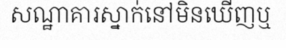
សណ្ឋាគារស្នាក់នៅមិនឃើញឬ